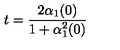
t = \frac { 2 \alpha _ { 1 } ( 0 ) } { 1 + \alpha _ { 1 } ^ { 2 } ( 0 ) }